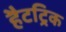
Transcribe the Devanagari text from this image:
हैटट्रिक